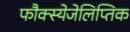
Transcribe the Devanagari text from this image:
फौक्स्येजेलिप्तिक